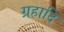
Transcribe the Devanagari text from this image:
ग्रहादि